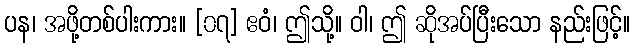
ပန၊ အဖို့တစ်ပါးကား။ [၀၇] ဧဝံ၊ ဤသို့။ ဝါ၊ ဤ ဆိုအပ်ပြီးသော နည်းဖြင့်။